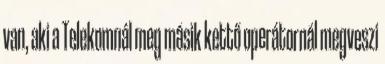
van, aki a Telekomnál meg másik kettő operátornál megveszi